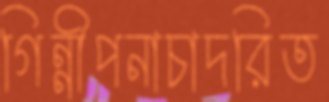
গিন্নীপনাচাদরিত